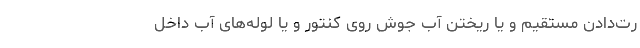
رت‌دادن مستقیم و یا ریختن آب جوش روی کنتور و یا لوله‌های آب داخل